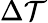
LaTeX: \Delta\mathcal{T}